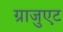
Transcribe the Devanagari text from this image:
ग्राजुएट